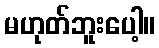
မဟုတ်ဘူးပေါ့။